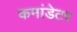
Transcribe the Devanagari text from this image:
कमांडेटर